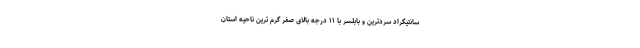
سانتیگراد سردترین و بابلسر با ۱۱ درجه بالای صفر گرم ترین ناحیه استان